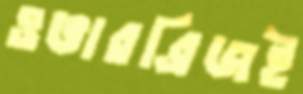
ওভারব্রিজই